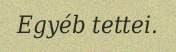
Egyéb tettei.